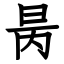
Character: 昺